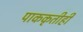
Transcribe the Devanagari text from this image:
पाककृतीही